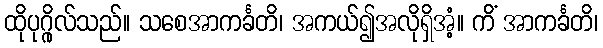
ထိုပုဂ္ဂိုလ်သည်။ သစေအာကင်္ခတိ၊ အကယ်၍အလိုရှိအံ့။ ကိံ အာကင်္ခတိ၊